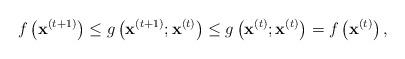
LaTeX: \begin{align*}f\left(\mathbf{x}^{(t+1)}\right)\leq g\left(\mathbf{x}^{(t+1)};\mathbf{x}^{(t)}\right)\leq g\left(\mathbf{x}^{(t)};\mathbf{x}^{(t)}\right)=f\left(\mathbf{x}^{(t)}\right),\end{align*}